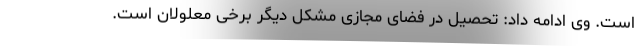
است. وی ادامه داد: تحصیل در فضای مجازی مشکل دیگر برخی معلولان است.